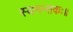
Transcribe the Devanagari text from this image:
स्वमन्तकः॥